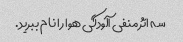
سه اثر منفی آلودگی هوا را نام ببرید.